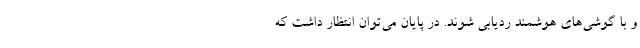
و با گوشی‌های هوشمند ردیابی شوند. در پایان می‌توان انتظار داشت که